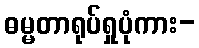
ဓမ္မတာရုပ်ရှုပုံကား-